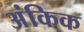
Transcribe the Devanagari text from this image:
अंकिक